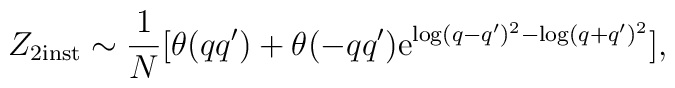
Z_{2 {\rm inst}} \sim \frac{1}{N} [\theta(qq')+                         \theta(-qq') {\rm e}^{\log(q-q')^2-\log(q+q')^2} ] ,